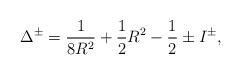
LaTeX: \begin{align*}\Delta ^{\pm }=\frac{1}{8R^{2}}+\frac{1}{2}R^{2}-\frac{1}{2}\pm I^{\pm },\end{align*}